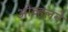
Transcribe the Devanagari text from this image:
ओव्हलने